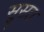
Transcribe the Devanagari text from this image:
सुसत